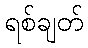
ရစ်ချတ်